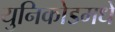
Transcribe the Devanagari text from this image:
युनिकोडमधे